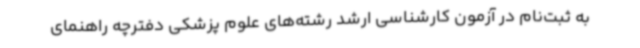
به ثبت‌نام در آزمون کارشناسی ارشد رشته‌های علوم پزشکی دفترچه راهنمای